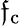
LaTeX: \mathfrak{f}_{\mathrm{{c}}}